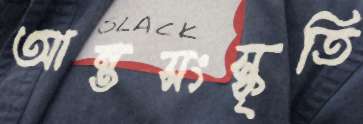
আন্তসংস্কৃতি